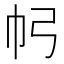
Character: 𢁠